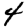
Digit: 4